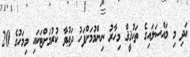
އަދި މި މައްސަލައިގެ ތަހުޤީޤް މިހާރު ނިންމުމަށްފަހު ދަޢުވާ ކުރުމަށްޓަކައި މިމަހުގެ 20